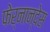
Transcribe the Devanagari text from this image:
फेर्नान्देस